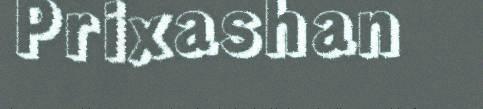
Prixashan